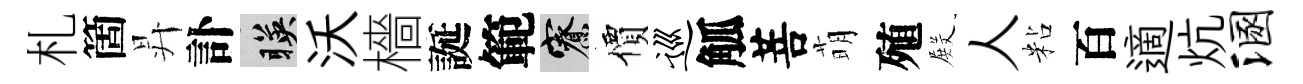
札箇昇訃暎沃檣誕範寮價巡觚菩萌殖𭮺人粘百適炕溷